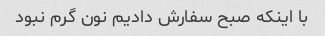
با اینکه صبح سفارش دادیم نون گرم نبود